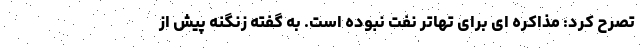
تصرح کرد: مذاکره ای برای تهاتر نفت نبوده است. به گفته زنگنه پیش از